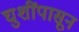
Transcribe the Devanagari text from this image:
घुशींपासून